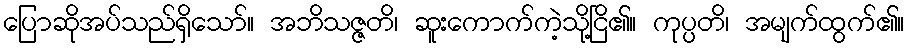
ပြောဆိုအပ်သည်ရှိသော်။ အဘိသဇ္ဇတိ၊ ဆူးကောက်ကဲ့သို့ငြိ၏။ ကုပ္ပတိ၊ အမျက်ထွက်၏။